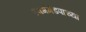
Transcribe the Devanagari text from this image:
स्वर्गमंडपाच्या